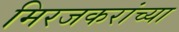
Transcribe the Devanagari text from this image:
मिरजकरांच्या